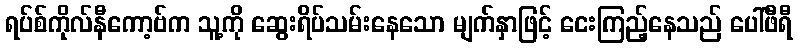
ရပ်စ်ကိုလ်နီကော့ဗ်က သူ့ကို ဆွေးရိပ်သမ်းနေသော မျက်နှာဖြင့် ငေးကြည့်နေသည် ပေါ်ဖီရီ